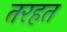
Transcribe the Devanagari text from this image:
तरहत